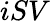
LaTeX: iSV